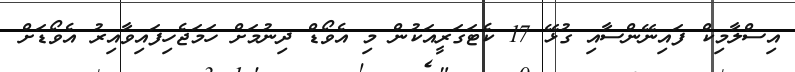
އިސްލާމިކް ފައިނޭންސާއި ގުޅޭ 17 ކެޓަގަރީއަކުން މި އެވޯޑް ދިނުމަށް ހަމަޖެހިފައިވާއިރު އެވޯޑަށް